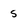
Character: 5